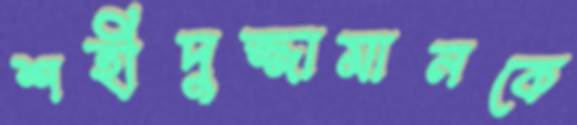
শহীদুজ্জামানকে